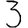
Digit: 3